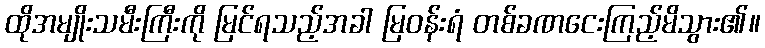
ထိုအမျိုးသမီးကြီးကို မြင်ရသည့်အခါ မြဝန်းရံ တစ်ခဏငေးကြည့်မိသွား၏။